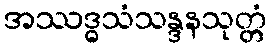
အဿဒ္ဓသံသန္ဒနသုတ္တံ